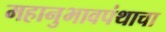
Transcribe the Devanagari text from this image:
महानुभावपंथाचा